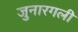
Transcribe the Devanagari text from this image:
जुनारगली